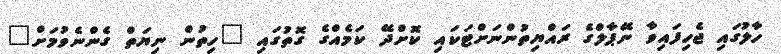
ހާލުގައި ޖެހިފައިވާ ނޭޕާލްގެ ރައްޔިތުންނަށްޓަކައި ކޮށްދޭ ކަމެއްގެ ގޮތުގައި "ހިތުން ނިޔަތް ގެންނެވުމަށް"